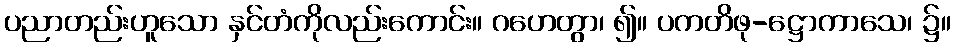
ပညာတည်းဟူသော နှင်တံကိုလည်းကောင်း။ ဂဟေတွာ၊ ၍။ ပကတိဖု-ဋ္ဌောကာသေ၊ ၌။